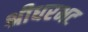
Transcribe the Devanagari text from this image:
श्रीधरभट